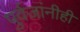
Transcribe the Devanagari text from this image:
पुर्वजांनीही